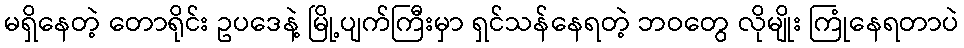
မရှိနေတဲ့ တောရိုင်း ဥပဒေနဲ့ မြို့ပျက်ကြီးမှာ ရှင်သန်နေရတဲ့ ဘဝတွေ လိုမျိုး ကြုံနေရတာပဲ